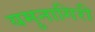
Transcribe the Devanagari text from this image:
यमुनागिरी